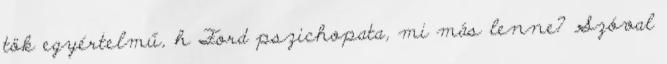
tök egyértelmű, h Ford pszichopata, mi más lenne? Szóval